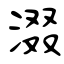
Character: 涰